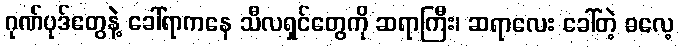
ဂုဏ်ပုဒ်တွေနဲ့ ခေါ်ရာကနေ သီလရှင်တွေကို ဆရာကြီး၊ ဆရာလေး ခေါ်တဲ့ ဓလေ့